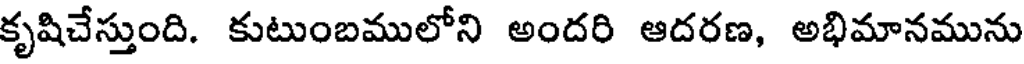
కృషిచేస్తుంది. కుటుంబములోని అందరి ఆదరణ, అభిమానమును